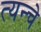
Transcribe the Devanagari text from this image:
त्यन्चे